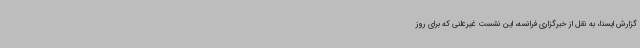
گزارش ایسنا، به نقل از خبرگزاری فرانسه، این نشست غیرعلنی که برای روز